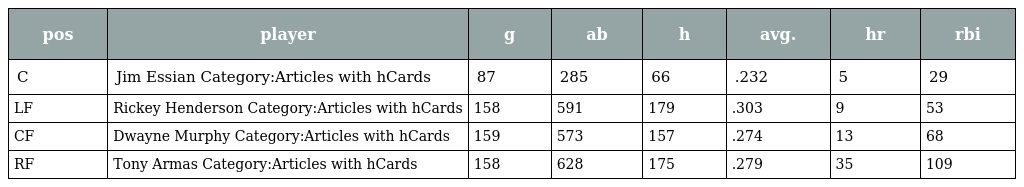
| pos | player | g | ab | h | avg. | hr | rbi |
 | --- | --- | --- | --- | --- | --- | --- | --- |
 | C | Jim Essian Category:Articles with hCards | 87 | 285 | 66 | .232 | 5 | 29 |
 | LF | Rickey Henderson Category:Articles with hCards | 158 | 591 | 179 | .303 | 9 | 53 |
 | CF | Dwayne Murphy Category:Articles with hCards | 159 | 573 | 157 | .274 | 13 | 68 |
 | RF | Tony Armas Category:Articles with hCards | 158 | 628 | 175 | .279 | 35 | 109 |